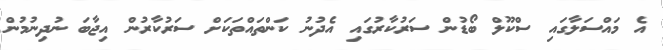
އެ މައްސަލާގައި ސްކޫލް ބޯޑުން ސަރުކާރުގައި އެދުނު ކަންތައްތަކަށް ސަރުކާރުން އިޖާބަ ނުދިނުމުން